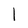
Character: 1